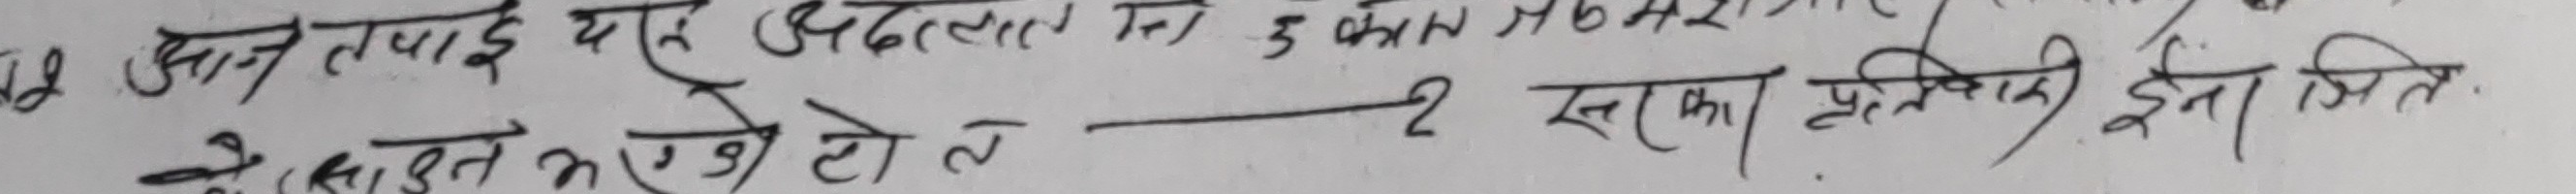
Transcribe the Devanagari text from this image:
६८ ज्ञान तपाइँ यह अदालत में ३ कालं जब भयो
के प्रस्तुत करेगे तो _______ २ सरका प्रक्रिया देना जित.